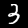
Label: 3